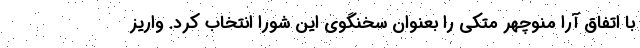
با اتفاق آرا منوچهر متکی را بعنوان سخنگوی این شورا انتخاب کرد. واریز